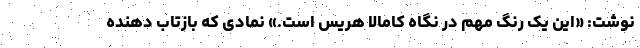
نوشت: «این یک رنگ مهم در نگاه کامالا هریس است.» نمادی که بازتاب دهنده